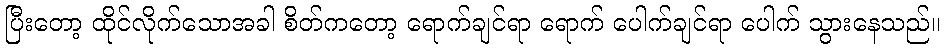
ပြီးတော့ ထိုင်လိုက်သောအခါ စိတ်ကတော့ ရောက်ချင်ရာ ရောက် ပေါက်ချင်ရာ ပေါက် သွားနေသည်။